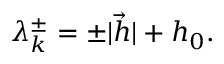
\lambda _ { k } ^ { \pm } = \pm | { \vec { h } } | + h _ { 0 } .